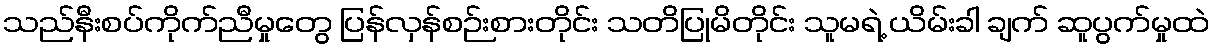
သည်နီးစပ်ကိုက်ညီမှုတွေ ပြန်လှန်စဉ်းစားတိုင်း သတိပြုမိတိုင်း သူမရဲ့ ယိမ်းခါ ချက် ဆူပွက်မှုထဲ